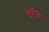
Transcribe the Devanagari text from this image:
क्रुज़ि